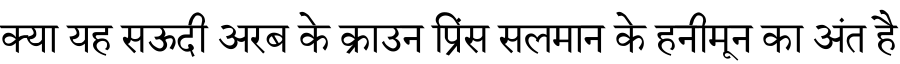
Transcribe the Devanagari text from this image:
क्या यह सऊदी अरब के क्राउन प्रिंस सलमान के हनीमून का अंत है